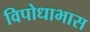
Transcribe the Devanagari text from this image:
विपोधाभास